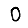
Digit: 0